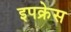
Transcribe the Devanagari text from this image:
इपक्रेस